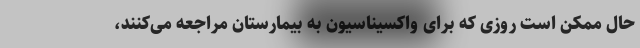
حال ممکن است روزی که برای واکسیناسیون به بیمارستان مراجعه می‌کنند،